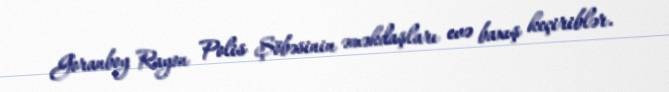
Goranboy Rayon Polis Şöbəsinin əməkdaşları evə baxış keçiriblər.